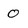
Character: 0